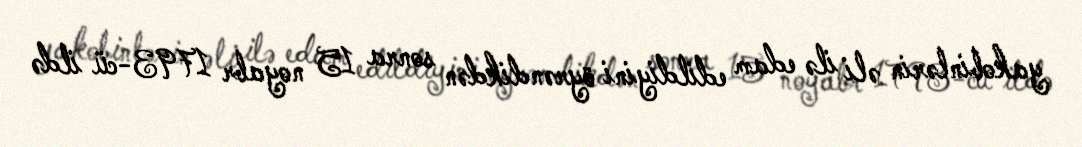
yakobinlərin əli ilə edam edildiyini öyrəndikdən sonra 15 noyabr 1793-cü ildə